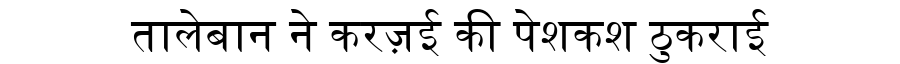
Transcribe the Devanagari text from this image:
तालेबान ने करज़ई की पेशकश ठुकराई